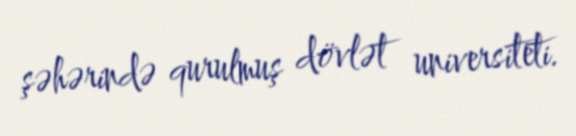
şəhərində qurulmuş dövlət universiteti.